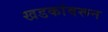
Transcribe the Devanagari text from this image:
खडकांवरून